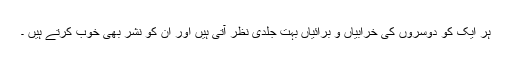
ہر ایک کو دوسروں کی خرابیاں و برائیاں بہت جلدی نظر آتی ہیں اور ان کو نشر بھی خوب کرتے ہیں ۔